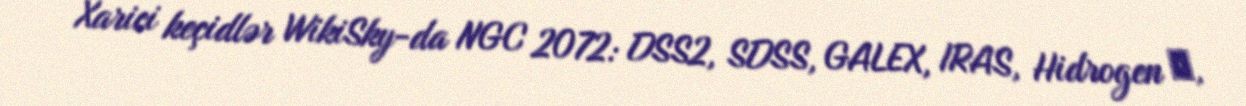
Xarici keçidlər WikiSky-da NGC 2072: DSS2, SDSS, GALEX, IRAS, Hidrogen α,